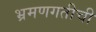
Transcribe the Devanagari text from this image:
भ्रमणगतीची